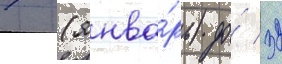
7 (янва́рь) до́ 32